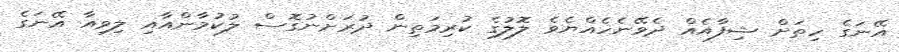
އޭނަގެ ހިތަށް ޝިފާއެއް ދެވޭނެހެއްޔެވެ ލޮލުގެ ކުރިމަތިން ދުރަށްނުގޮސް ލުކުމާންއާއި ލިވިއާ އޭނަގެ